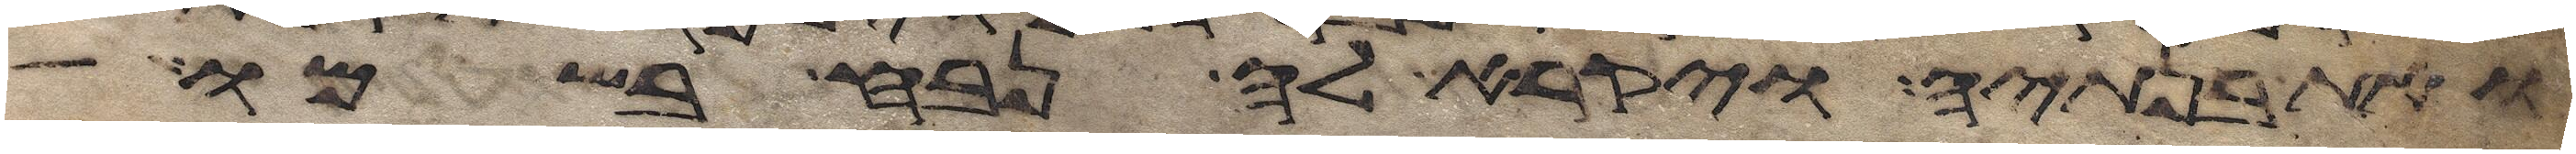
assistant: ואת בנתיה ויקרא לה נבח בשמו